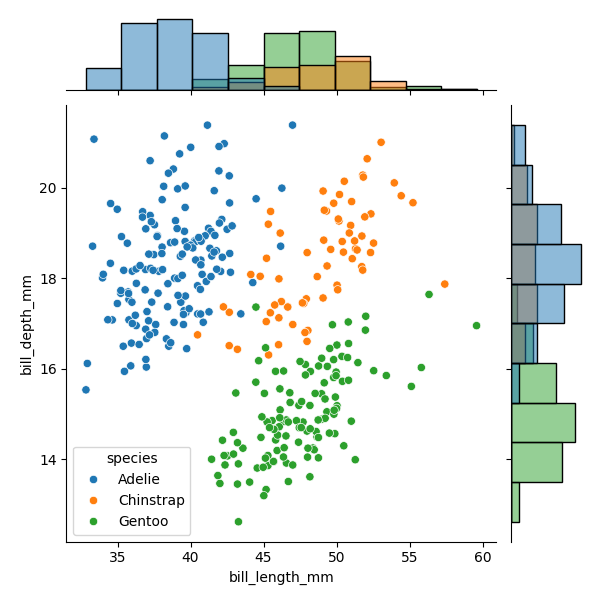
python, seaborn, JointGrid, scatterplot, histplot, hue